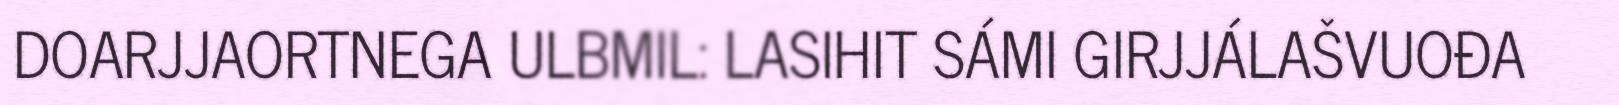
DOARJJAORTNEGA ULBMIL: LASIHIT SÁMI GIRJJÁLAŠVUOĐA